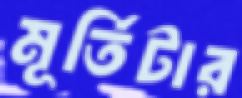
মূর্তিটার